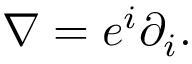
\nabla = e ^ { i } \partial _ { i } .